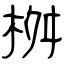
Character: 桝